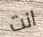
انت